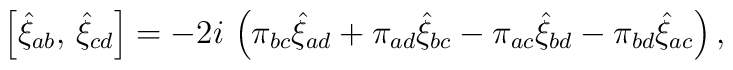
\left[ \hat{\xi}_{ab},\,\hat{\xi}_{cd}\right] =-2i\,\left( \pi _{bc}\hat{\xi}_{ad}+\pi _{ad}\hat{\xi}_{bc}-\pi _{ac}\hat{\xi}_{bd}-\pi _{bd}\hat{\xi}_{ac}\right) ,